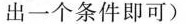
出一个条件即可)